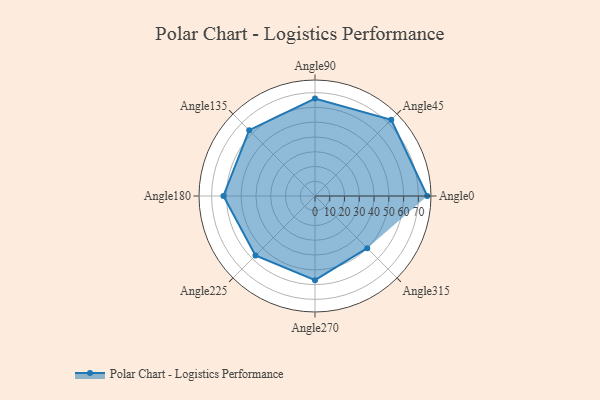
{"axis": {"x": "Angle", "y": "Radius"}, "legend": [""], "data": [{"x": "Angle0", "y": 76.0, "type": ""}, {"x": "Angle45", "y": 73.0, "type": ""}, {"x": "Angle90", "y": 66.0, "type": ""}, {"x": "Angle135", "y": 63.0, "type": ""}, {"x": "Angle180", "y": 62.0, "type": ""}, {"x": "Angle225", "y": 57.0, "type": ""}, {"x": "Angle270", "y": 57.0, "type": ""}, {"x": "Angle315", "y": 50.0, "type": ""}]}